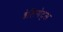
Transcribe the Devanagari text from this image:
डेलिगेट्स